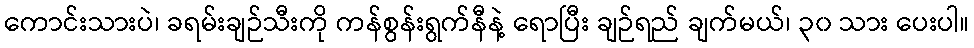
ကောင်းသားပဲ၊ ခရမ်းချဉ်သီးကို ကန်စွန်းရွက်နီနဲ့ ရောပြီး ချဉ်ရည် ချက်မယ်၊ ၃၀ သား ပေးပါ။